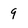
Character: 9